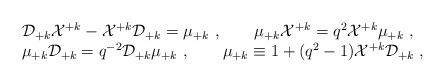
LaTeX: \begin{align*}\begin{array}{l}{\cal D}_{+k}{\cal X}^{+k}-{\cal X}^{+k}{\cal D}_{+k}=\mu_{+k}~,~~~~~~\mu_{+k} {\cal X}^{+k}=q^2{\cal X}^{+k}\mu_{+k}~,\\\mu_{+k}{\cal D}_{+k}=q^{-2}{\cal D}_{+k}\mu_{+k}~,~~~~~~\mu_{+k}\equiv1+(q^2-1){\cal X}^{+k}{\cal D}_{+k}~,\end{array}\end{align*}